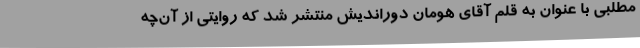
مطلبی با عنوان به قلم آقای هومان دوراندیش منتشر شد که روایتی از آن‌چه